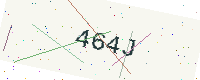
Text: 464J